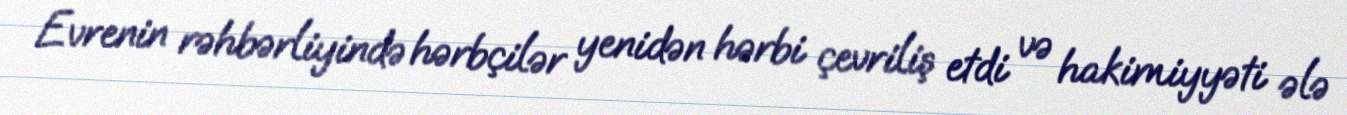
Evrenin rəhbərliyində hərbçilər yenidən hərbi çevriliş etdi və hakimiyyəti ələ